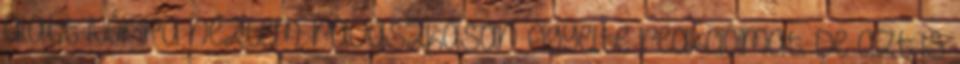
alatt Nórira néztem: ravaszkásan figyelte reakcióimat. De azt is